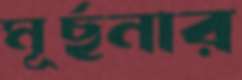
মূর্ছনার